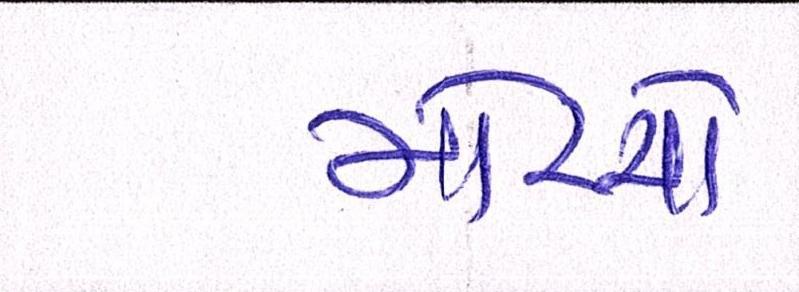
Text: મોરચો